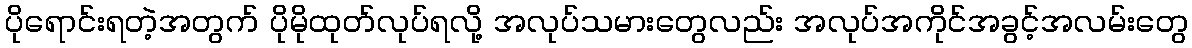
ပိုရောင်းရတဲ့အတွက် ပိုမိုထုတ်လုပ်ရလို့ အလုပ်သမားတွေလည်း အလုပ်အကိုင်အခွင့်အလမ်းတွေ